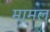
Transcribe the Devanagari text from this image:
मामल